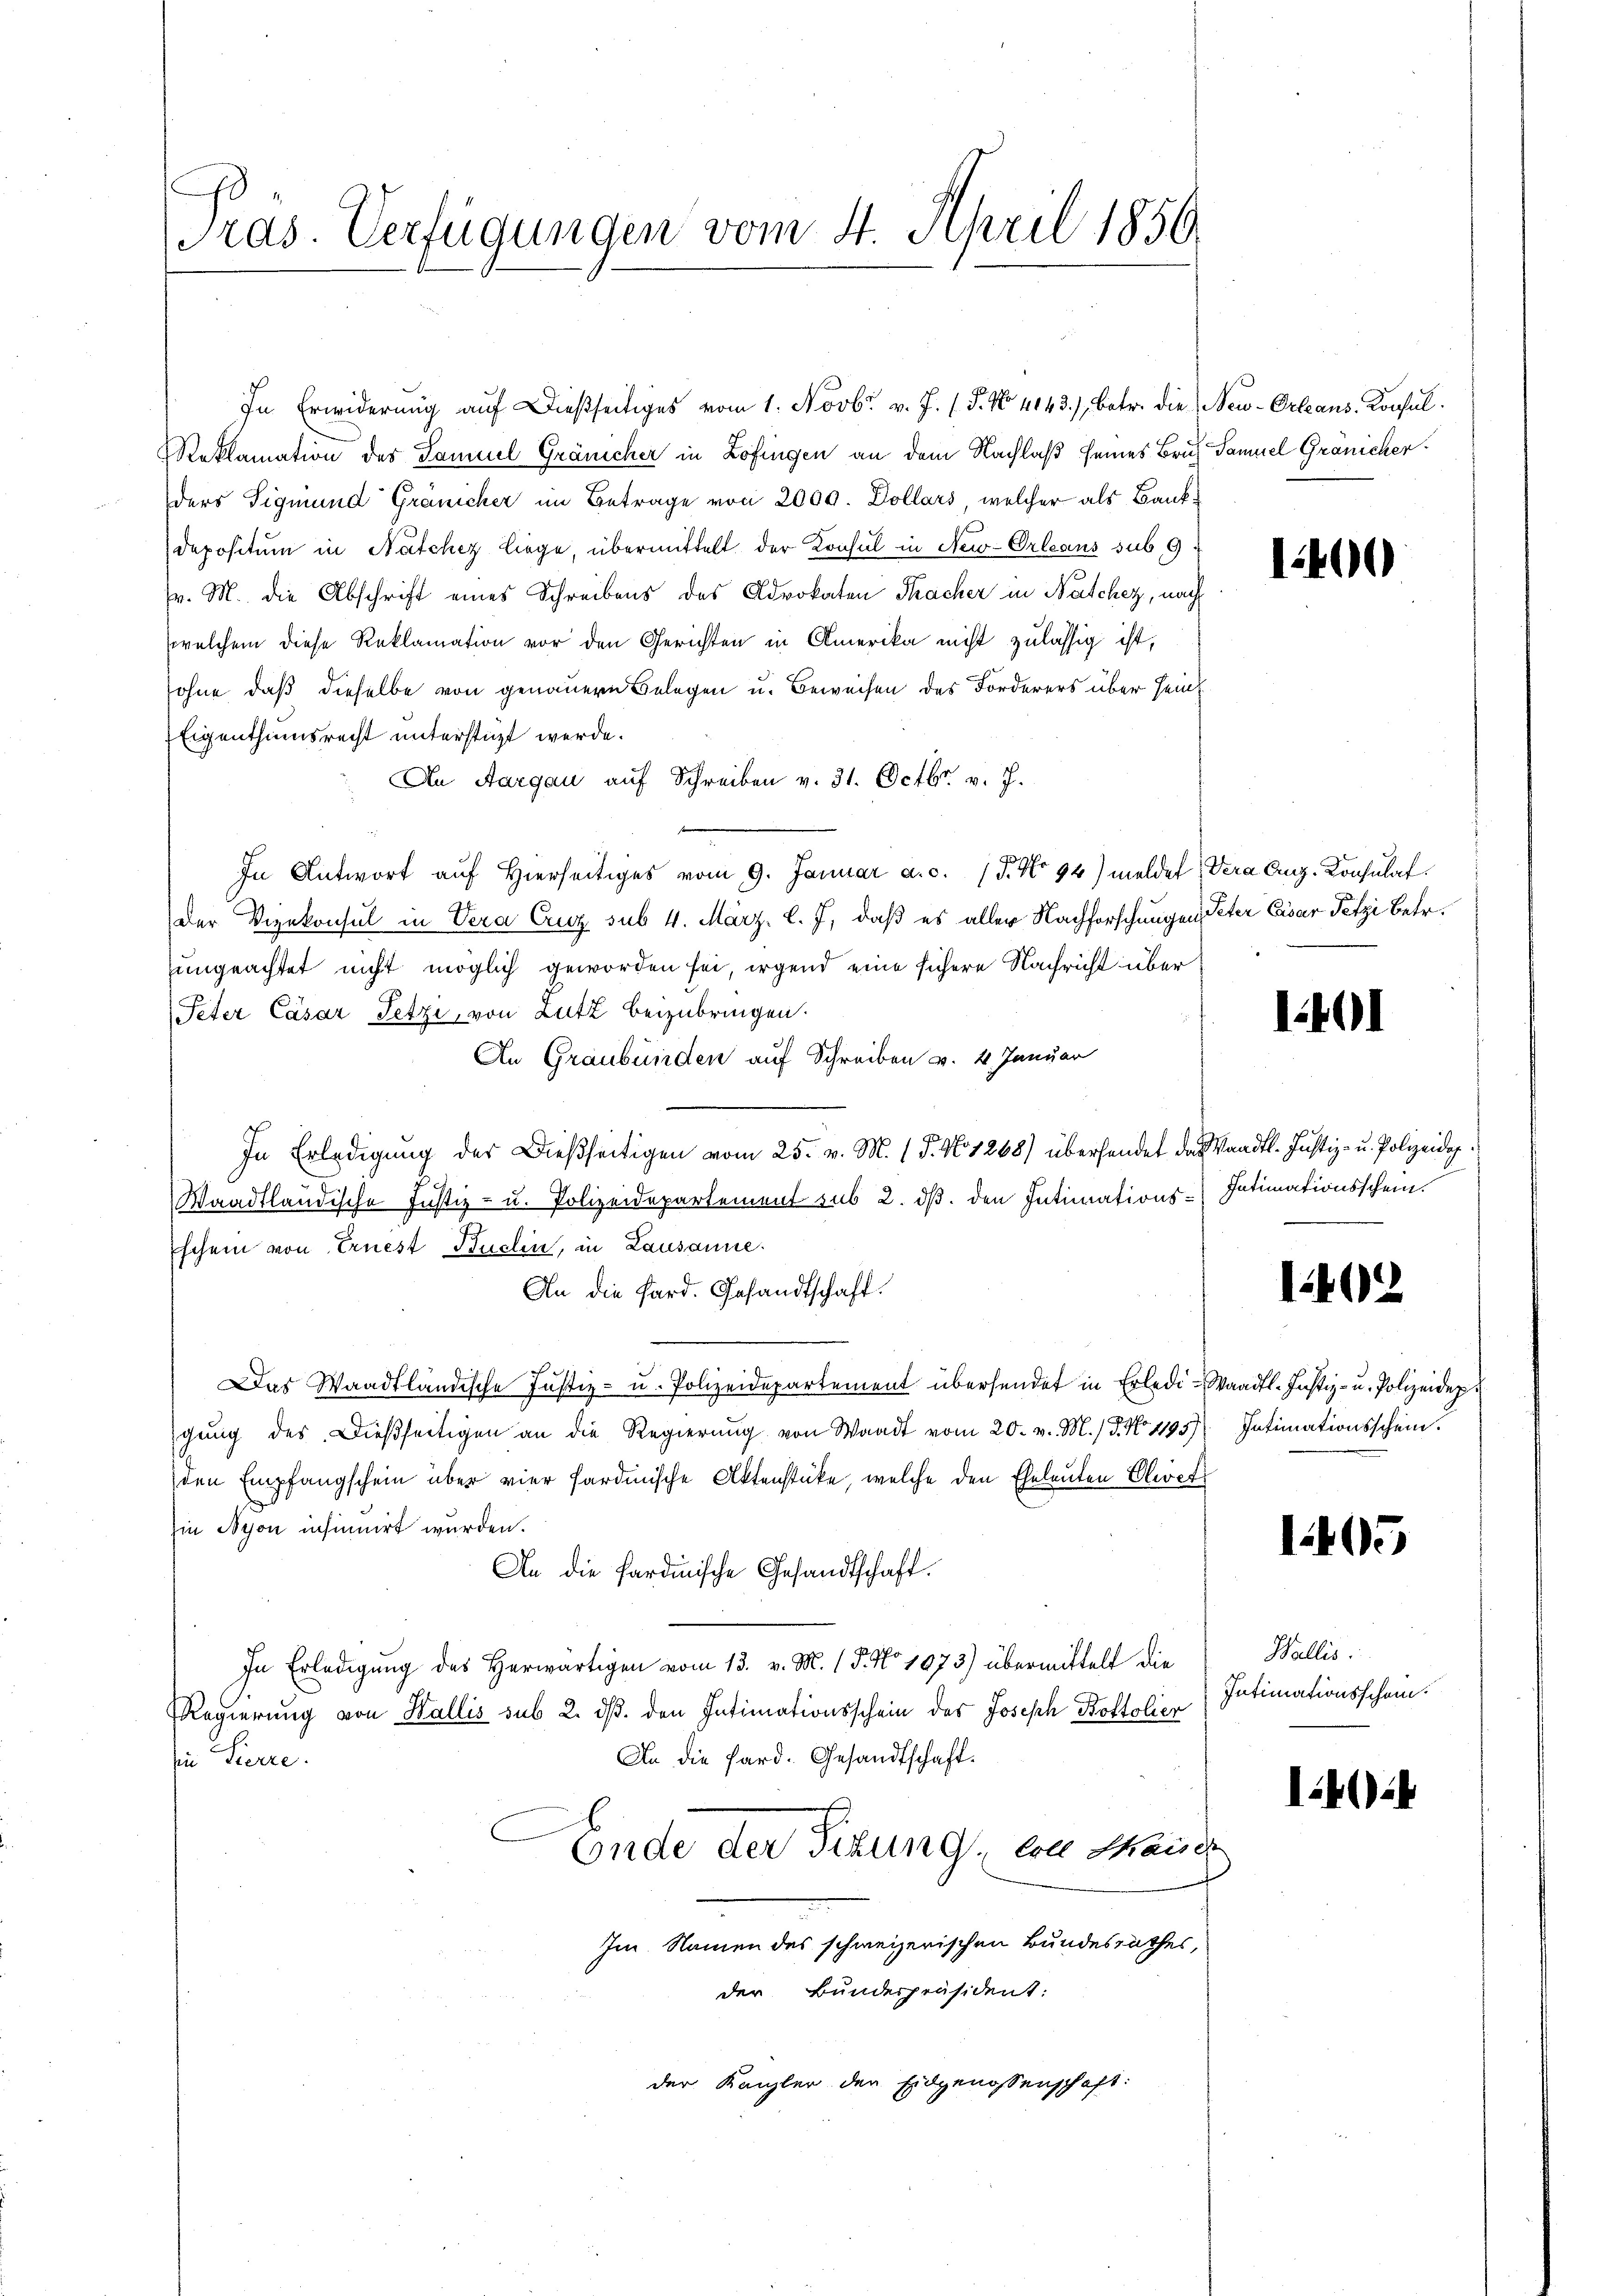
s
Pras. Verfügungen vom 4. April 1856.

Reklamation des Samuel Gränicher in Zofingen an dem Nachlaß seines Bruch Samuel Gränichen.
ders Sigmund Gränicher im Betrage von 2000. Dollars, welcher als Bank¬
Depositum in Natchez liege, übermittelt der Konsul in New-Orleans sub 9
v. M. die Abschrift eines Schreibens des Advokaten Sacher in Nascher, nach
welchem diese Reklamation vor den Gerichten in Amerika nicht zulässig ist,
sohne daß dieselbe von genauern Belegen u. Beweisen des Forderers über Hein¬
Eigenthumsrecht unterstüzt werde.
An Aargau auf Schreiben v. 31. Octbr. v. J.
In Antwort auf Hierseitiges vom 9. Januar a.c. (T. No 94) meldet, Vera Aug. Konsulat
Der Vizekonsul in Vera Cruz sub 4. März l. J., daß es aller Nachforschungen Peter Eisar Petzi Betr.
ungeachtet nicht möglich geworden sei, irgend eine sichere Nachricht über
(Peter Cäsar Setze, von Lutz beizubringen.
In Graubünden auf Schreiben v. 4. Januar
In Erledigung des Dießseitigen vom 25. v. M. 1 P. No 1268) übersendet das Waadt. Justiz- u. Polizeidig
Waadtländische Justiz- u. Polizeidepartement sub 2. ds. den Intimations-Intimationsschein
Eschein von Ernest Kuchen, in Lausanne.
An die Sard. Gesandtschaft.
af
Das Waadtländische Justiz- u. Polizeidepartement übersendet in Erledi-Waadt- Justiz- u. Polizeidep
gung des Dießseitigen an die Regierung von Waadt vom 20. v. M. / 5. No. 1195)
den Empfangschein über vier fardmische Aktenstücke, welche den Eheleuten Cloet
Ein Nyon insinuirt wurden.
An die Sardinische Gesandtschaft.
In Erledigung des Herwärtigen vom 13. v. M. 15. No 1073) übermittelt die
Regierung von Wallis sub 2. ds. den Intimationsschein des Joseph Boltolier
An die Pard. Gesandtschaft.
in Lierre.
Ende der Sizung, von Mande
Im Namen des schweizerischen Bundesrathes,
der Bunderpräsident:
der Kanzler der Eidgenossenschaft:

In Erwiderung auf dießseitiges vom 1. Novbr. v. J. (§. No. 4143.) Betr. die Neu-Orleans. Konsul

1400

1401

102

Intimationsschein.

1405

Wallis.
Intimationsschen.

42